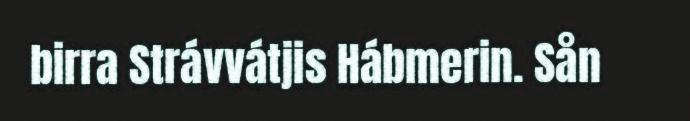
birra Strávvátjis Hábmerin. Sån